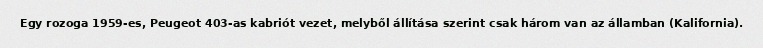
Egy rozoga 1959-es, Peugeot 403-as kabriót vezet, melyből állítása szerint csak három van az államban (Kalifornia).